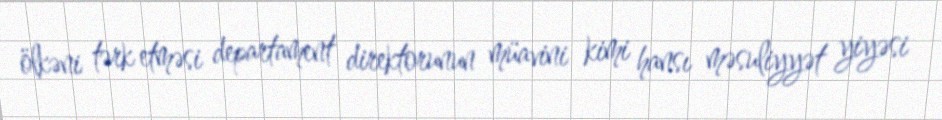
ölkəni tərk etməsi departament direktorunun müavini kimi hansı məsuliyyət yiyəsi